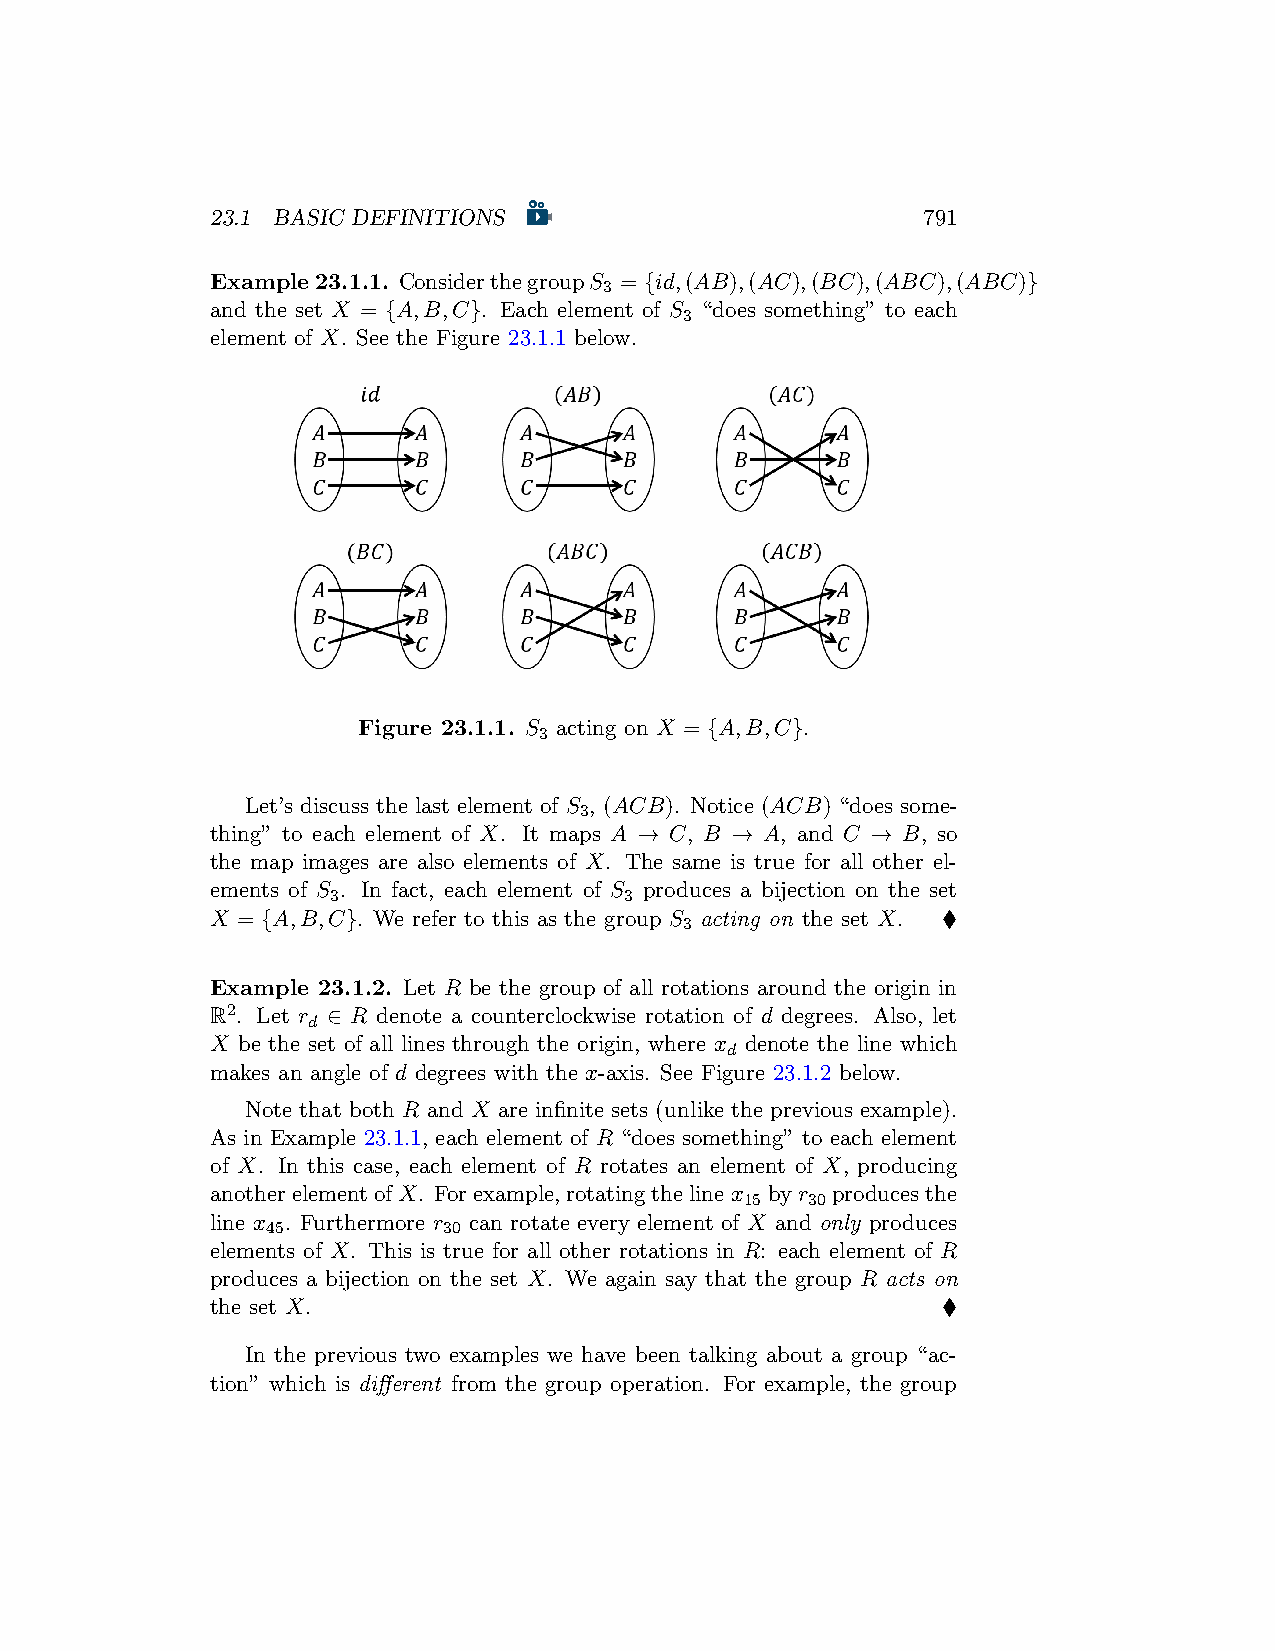
23.1 BASIC DEFINITIONS                         791
 Example23.1.1. ConsiderthegroupS = {id,(AB),(AC),(BC),(ABC),(ABC)}
 3
 and the set X = {A,B,C}. Each element of S “does something” to each
 3
 element of X. See the Figure 23.1.1 below.
 Figure 23.1.1. S acting on X = {A,B,C}.
 3
 Let’s discuss the last element of S , (ACB). Notice (ACB) “does some-
 3
 thing” to each element of X. It maps A → C, B → A, and C → B, so
 the map images are also elements of X. The same is true for all other el-
 ements of S . In fact, each element of S produces a bijection on the set
 3                  3
 X = {A,B,C}. We refer to this as the group S acting on the set X. ♦
 3
 Example 23.1.2. Let R be the group of all rotations around the origin in
 R2. Let r ∈ R denote a counterclockwise rotation of d degrees. Also, let
 d
 X be the set of all lines through the origin, where x denote the line which
 d
 makes an angle of d degrees with the x-axis. See Figure 23.1.2 below.
 Note that both R and X are infinite sets (unlike the previous example).
 As in Example 23.1.1, each element of R “does something” to each element
 of X. In this case, each element of R rotates an element of X, producing
 anotherelementofX. Forexample,rotatingthelinex byr producesthe
 15  30
 line x . Furthermore r can rotate every element of X and only produces
 45         30
 elements of X. This is true for all other rotations in R: each element of R
 produces a bijection on the set X. We again say that the group R acts on
 the set X.                                      ♦
 In the previous two examples we have been talking about a group “ac-
 tion” which is different from the group operation. For example, the group